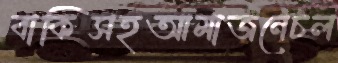
বাকিসহআমাজনেচল